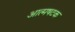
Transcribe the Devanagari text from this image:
आत्मषटक